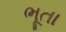
ભૂતા